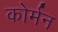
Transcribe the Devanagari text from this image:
कोर्मन